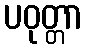
ပဝုတ္တာ